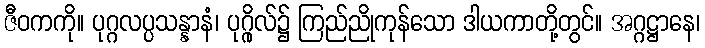
ဇီဝကကို။ ပုဂ္ဂလပ္ပသန္နာနံ၊ ပုဂ္ဂိုလ်၌ ကြည်ညိုကုန်သော ဒါယကာတို့တွင်။ အဂ္ဂဋ္ဌာနေ၊